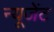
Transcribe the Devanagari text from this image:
न्यूजेंट